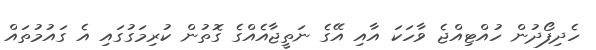
ހެދިފޯދުން ހުއްޓިއްޖެ ވާހަކަ އާއި އޭގެ ނަތީޖާއެއްގެ ގޮތުން ކުރިމަގުގައި އެ ގައުމުތައް